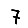
Digit: 7